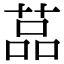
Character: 䓵